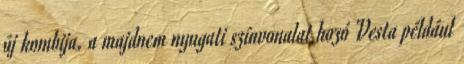
új kombija, a majdnem nyugati színvonalat hozó Vesta például